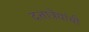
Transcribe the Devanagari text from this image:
दत्तात्रेयांची